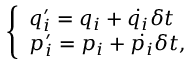
\left\{ \begin{array} { l l } { q _ { i } ^ { \prime } = q _ { i } + { \dot { q _ { i } } } \delta t } \\ { p _ { i } ^ { \prime } = p _ { i } + { \dot { p _ { i } } } \delta t , } \end{array} \right.